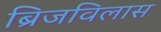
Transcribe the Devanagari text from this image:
ब्रिजविलास